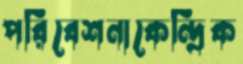
পরিবেশনাকেন্দ্রিক